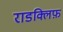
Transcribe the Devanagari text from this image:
राडक्लिफ़